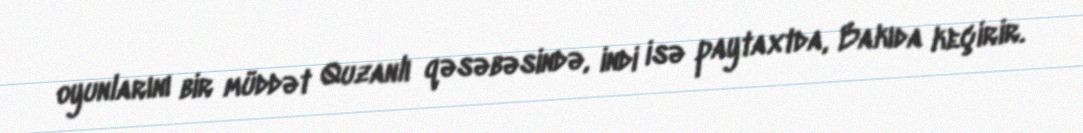
oyunlarını bir müddət Quzanlı qəsəbəsində, indi isə paytaxtda, Bakıda keçirir.